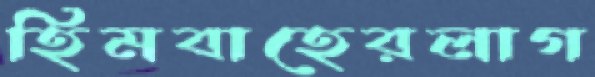
হিমবাহেরলাগ